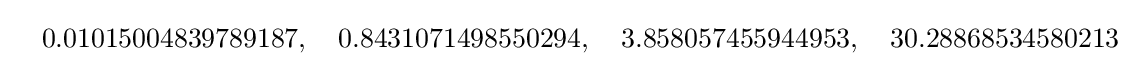
\quad 0.01015004839789187,\quad 0.8431071498550294,\quad 3.858057455944953,\quad 30.28868534580213